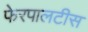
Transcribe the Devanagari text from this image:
फेरपालटीस